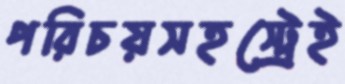
পরিচয়সহস্ট্রেই